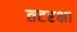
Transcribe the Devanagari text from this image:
तटरक्षा